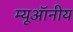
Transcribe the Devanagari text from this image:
म्यूऑनीय